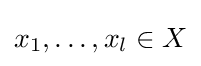
x_{1},\dots ,x_{l}\in X